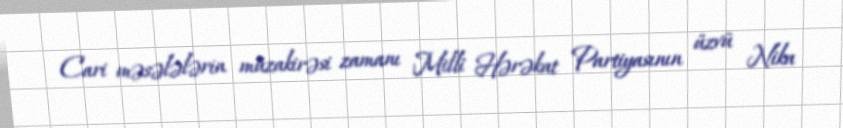
Cari məsələlərin müzakirəsi zamanı Milli Hərəkat Partiyasının üzvü Nika